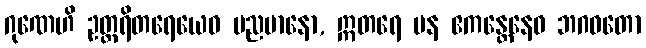
ဂုဏေဟိ ဥတ္တရိတရေယေဝ မညမာနော, ဣတရေ ပန ဧကန္တေနေဝ ဘဂဝတော